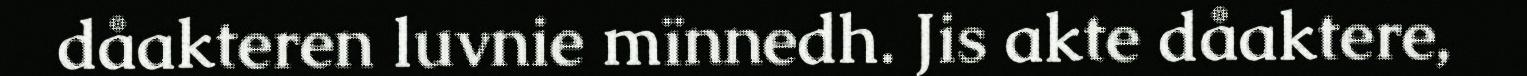
dåakteren luvnie mïnnedh. Jis akte dåaktere,